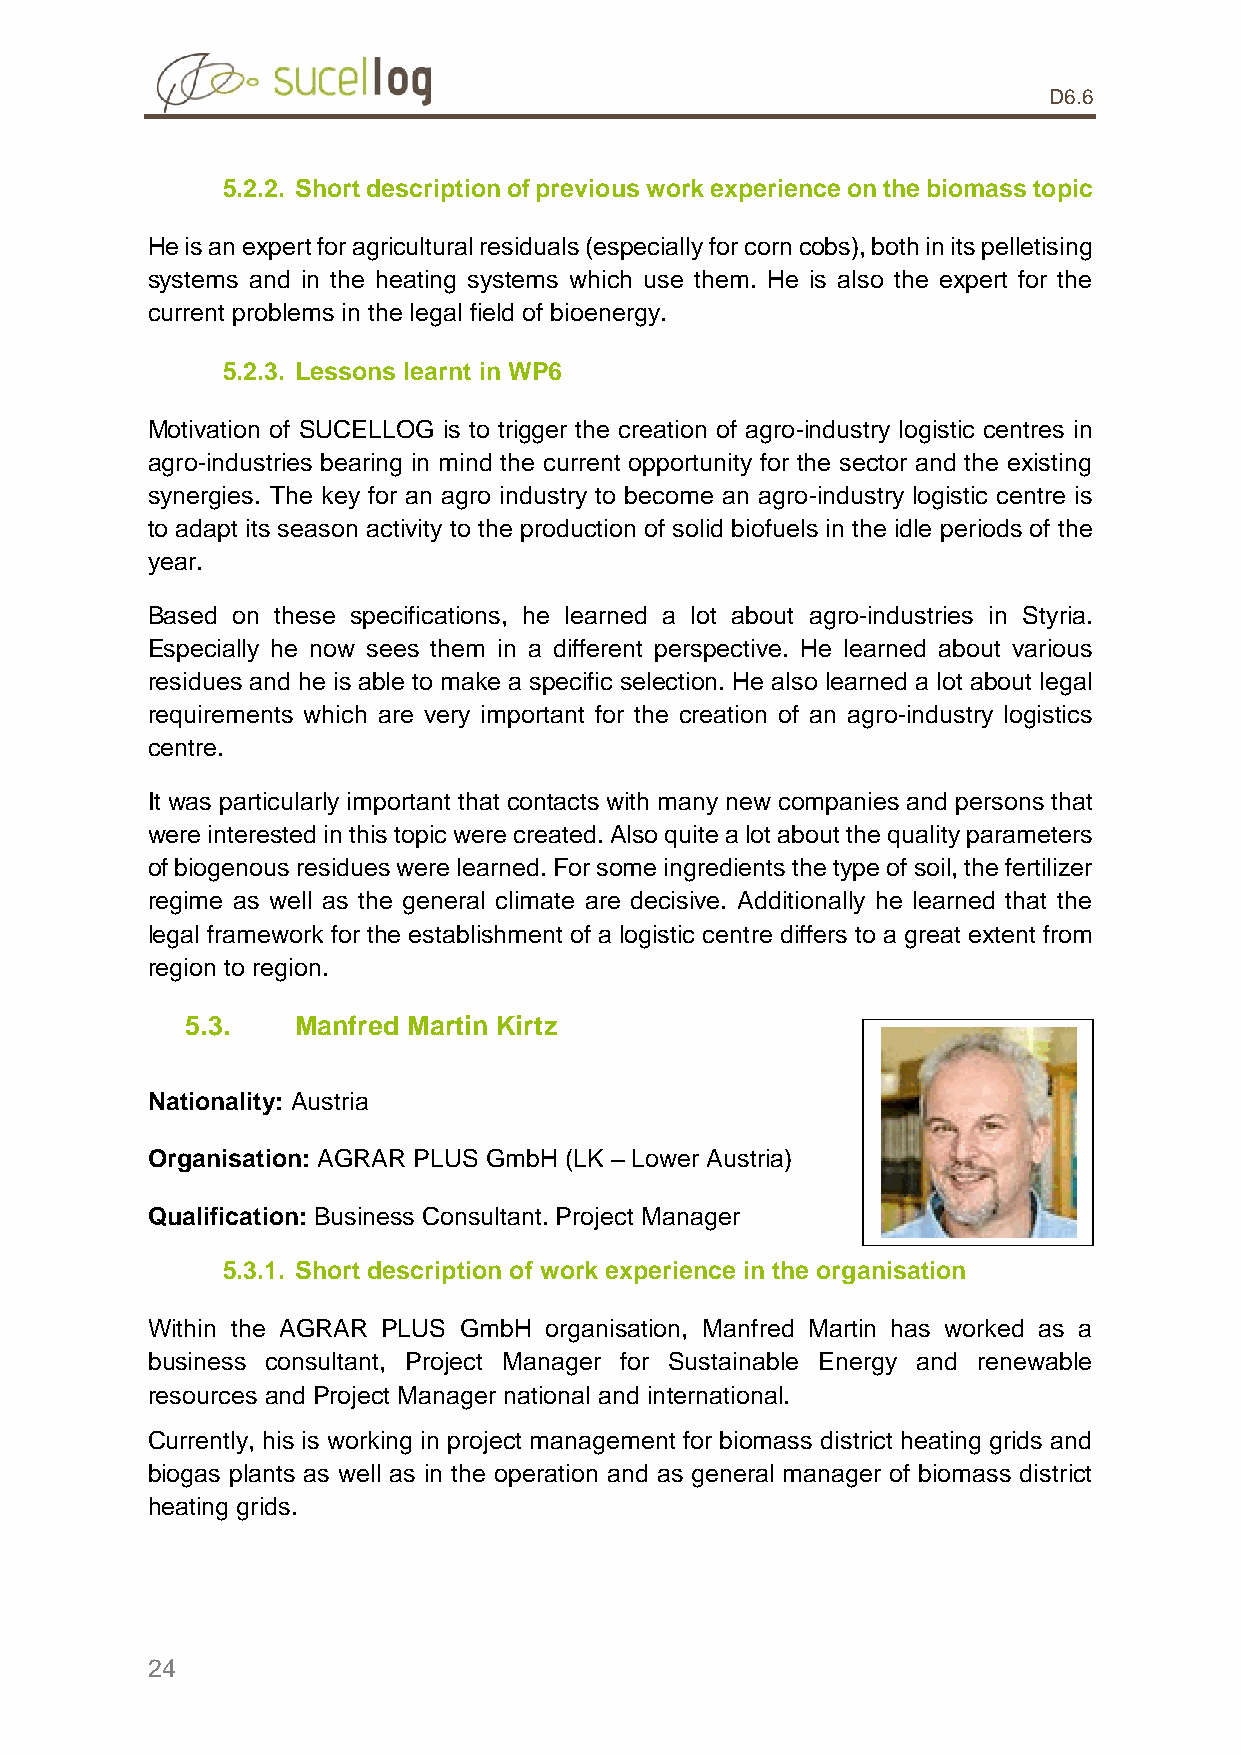
D6.6
 5.2.2. Short description of previous work experience on the biomass topic
 He is an expert for agricultural residuals (especially for corn cobs), both in its pelletising
 systems and in the heating systems which use them. He is also the expert for the
 current problems in the legal field of bioenergy.
 5.2.3. Lessons learnt in WP6
 Motivation of SUCELLOG is to trigger the creation of agro-industry logistic centres in
 agro-industries bearing in mind the current opportunity for the sector and the existing
 synergies. The key for an agro industry to become an agro-industry logistic centre is
 to adapt its season activity to the production of solid biofuels in the idle periods of the
 year.
 Based on these specifications, he learned a lot about agro-industries in Styria.
 Especially he now sees them in a different perspective. He learned about various
 residues and he is able to make a specific selection. He also learned a lot about legal
 requirements which are very important for the creation of an agro-industry logistics
 centre.
 It was particularly important that contacts with many new companies and persons that
 were interested in this topic were created. Also quite a lot about the quality parameters
 of biogenous residues were learned. For some ingredients the type of soil, the fertilizer
 regime as well as the general climate are decisive. Additionally he learned that the
 legal framework for the establishment of a logistic centre differs to a great extent from
 region to region.
 5.3.    Manfred Martin Kirtz
 Nationality: Austria
 Organisation: AGRAR PLUS GmbH (LK – Lower Austria)
 Qualification: Business Consultant. Project Manager
 5.3.1. Short description of work experience in the organisation
 Within the AGRAR PLUS GmbH organisation, Manfred Martin has worked as a
 business consultant, Project Manager for Sustainable Energy and renewable
 resources and Project Manager national and international.
 Currently, his is working in project management for biomass district heating grids and
 biogas plants as well as in the operation and as general manager of biomass district
 heating grids.
 24